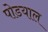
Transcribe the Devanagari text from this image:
पोडयाल